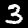
Digit: 3